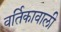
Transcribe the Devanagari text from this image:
वर्तिकावाली